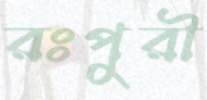
রঃপুরী